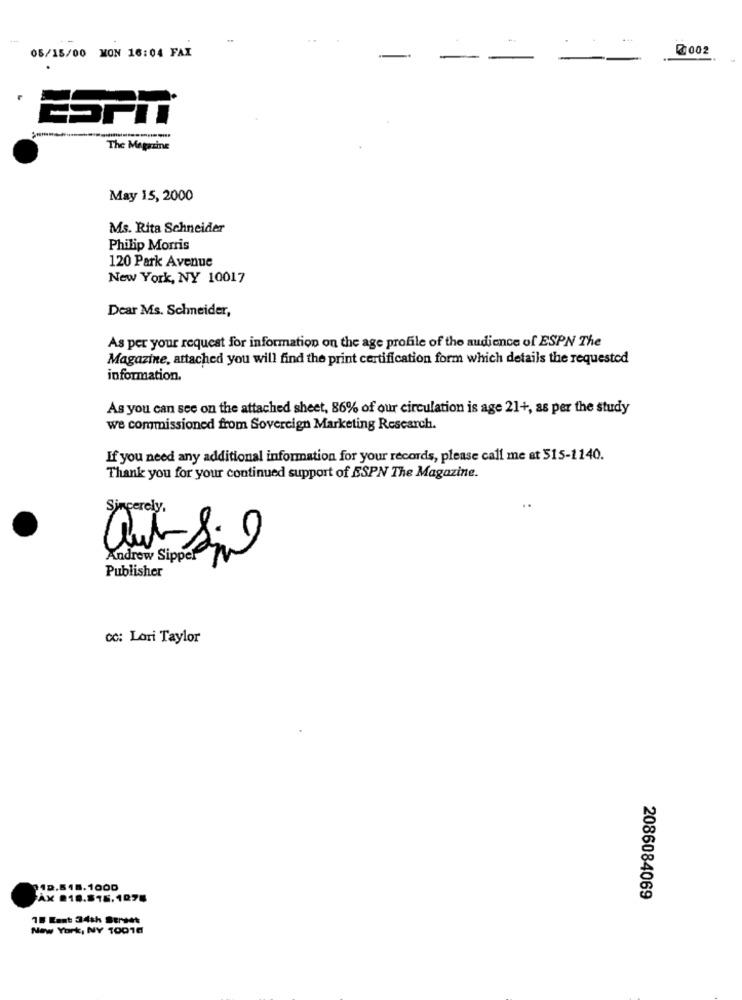
05/15/00 MON 16:04 FAX
.002
ESPT
The Magazine
May 15, 2000
Ms. Rita Schneider
Philip Morris
120 Park Avenue
New York, NY 10017
Dear Ms. Schneider,
As per your request for information on the age profile of the audience of ESPN The
Magazine, attached you will find the print certification form which details the requested
information.
As you can see on the attached sheet, 86% of our circulation is age 21+, as per the study
we commissioned from Sovereign Marketing Research.
If you need any additional information for your records, please call me at 515-1140.
Thank you for your continued support of ESPN The Magazine.
..
Sincerely,
0
Andrew Sippel
Publisher
CC: Lori Taylor
712.518.1000
AK 918.816. 1076
2086084069
18 Kant 34th Street
New York, NY 10010